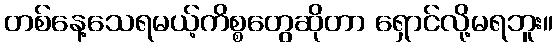
တစ်နေ့သေရမယ့်ကိစ္စတွေဆိုတာ ရှောင်လို့မရဘူး။